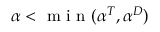
\alpha < \mathrm { ~ m ~ i ~ n ~ } ( \alpha ^ { T } , \alpha ^ { D } )